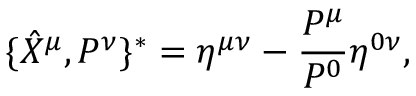
\{ \hat { X } ^ { \mu } , P ^ { \nu } \} ^ { * } = \eta ^ { \mu \nu } - \frac { P ^ { \mu } } { P ^ { 0 } } \eta ^ { 0 \nu } ,